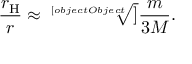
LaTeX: { \frac { r _ { \mathrm { H } } } { r } } \approx { \sqrt [ [object Object] ] { \frac { m } { 3 M } } } .